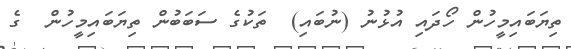
ތިޔަބައިމީހުން ހޯދައި އުޅުނު (ނުބައި)  ތަކުގެ ސަބަބުން ތިޔަބައިމީހުން  ގެ